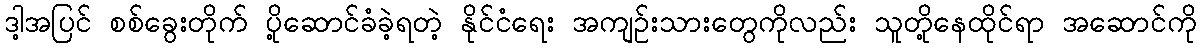
ဒါ့အပြင် စစ်ခွေးတိုက် ပို့ဆောင်ခံခဲ့ရတဲ့ နိုင်ငံရေး အကျဉ်းသားတွေကိုလည်း သူတို့နေထိုင်ရာ အဆောင်ကို